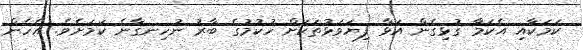
ކަމަކާއި އެކަމާ ގުޅިގެން އަޅާ ފިޔަވަޅުތަކަށް ހުކުމުގެ ބާރު ނުހިނގާނެ ކަމަށެވެ. އެހެން